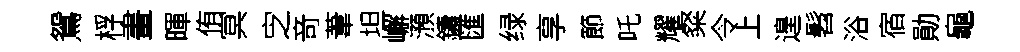
鴛桴畫暉侑㝠㝎竒葦坦嶰澦鑄匯绿享節吒耀粲令上遑髫浴宿勛龜